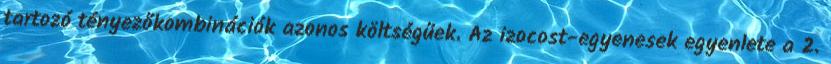
tartozó tényezőkombinációk azonos költségűek. Az izocost-egyenesek egyenlete a 2.